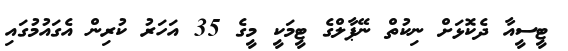
ޓީސީއާ ދެކޮޅަށް ނިކުތް ނޭޕާލްގެ ޓީމަކީ މީގެ 35 އަހަރު ކުރިން އެގައުމުގައި